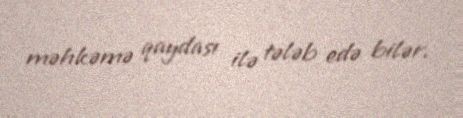
məhkəmə qaydası ilə tələb edə bilər.